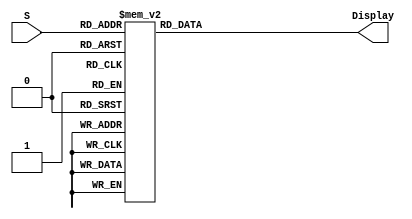
`timescale 1ns / 1ps
//////////////////////////////////////////////////////////////////////////////////
// Company: 
// Engineer: 
// 
// Design Name: 
// Module Name: SevenSeg
// Project Name: 
// Target Devices: 
// Tool Versions: 
// Description: 
// 
// Dependencies: 
// 
// Revision:
// Revision 0.01 - File Created
// Additional Comments:
// 
//////////////////////////////////////////////////////////////////////////////////


module SevenSeg(
    input [3:0] S,
    output reg [6:0] Display
    );
    always @(*)
    begin
    case(S)
        4'b0000: Display = 7'b0000001;//0
        4'b0001: Display = 7'b1001111;//1
        4'b0010: Display = 7'b0010010;//2
        4'b0011: Display = 7'b0000110;//3
        4'b0100: Display = 7'b1001100;//4
        4'b0101: Display = 7'b0100100;//5
        4'b0110: Display = 7'b0100000;//6
        4'b0111: Display = 7'b0001111;//7
        4'b1000: Display = 7'b0000000;//8
        4'b1001: Display = 7'b0001100;//9
        4'b1010: Display = 7'b0001000;//A
        4'b1011: Display = 7'b1100000;//B
        4'b1100: Display = 7'b0110001;//C
        4'b1101: Display = 7'b1000010;//D
        4'b1110: Display = 7'b0110000;//E
        4'b1111: Display = 7'b0111000;//F
    endcase
    end
endmodule